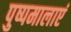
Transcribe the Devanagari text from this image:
पुष्पमालाएं